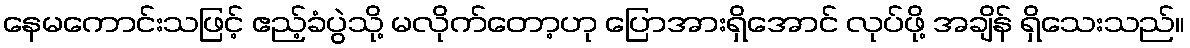
နေမကောင်းသဖြင့် ဧည့်ခံပွဲသို့ မလိုက်တော့ဟု ပြောအားရှိအောင် လုပ်ဖို့ အချိန် ရှိသေးသည်။